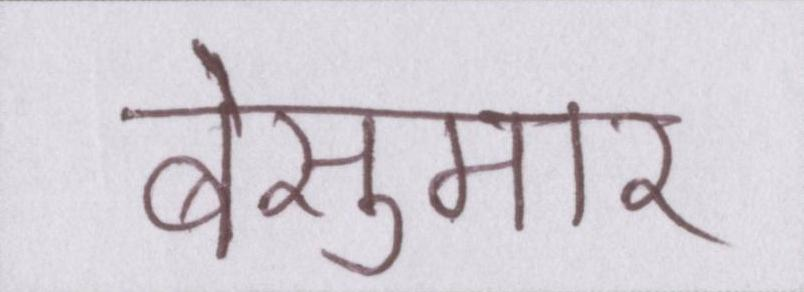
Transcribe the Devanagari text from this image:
बेसुमार